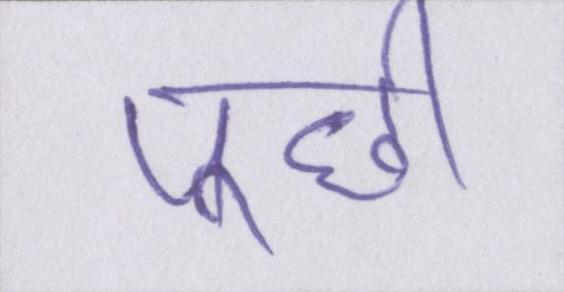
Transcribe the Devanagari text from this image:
पूछी